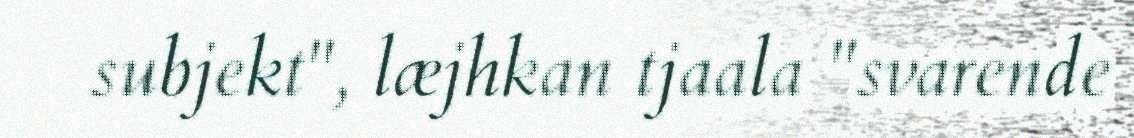
subjekt", læjhkan tjaala "svarende